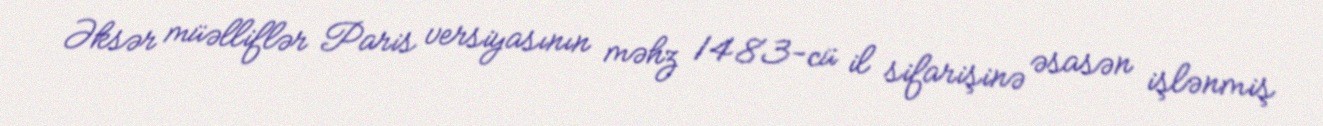
Əksər müəlliflər Paris versiyasının məhz 1483-cü il sifarişinə əsasən işlənmiş